Civil Veterinary Department. United Provinces 1932-42 - 1932-1942
Year: 1932
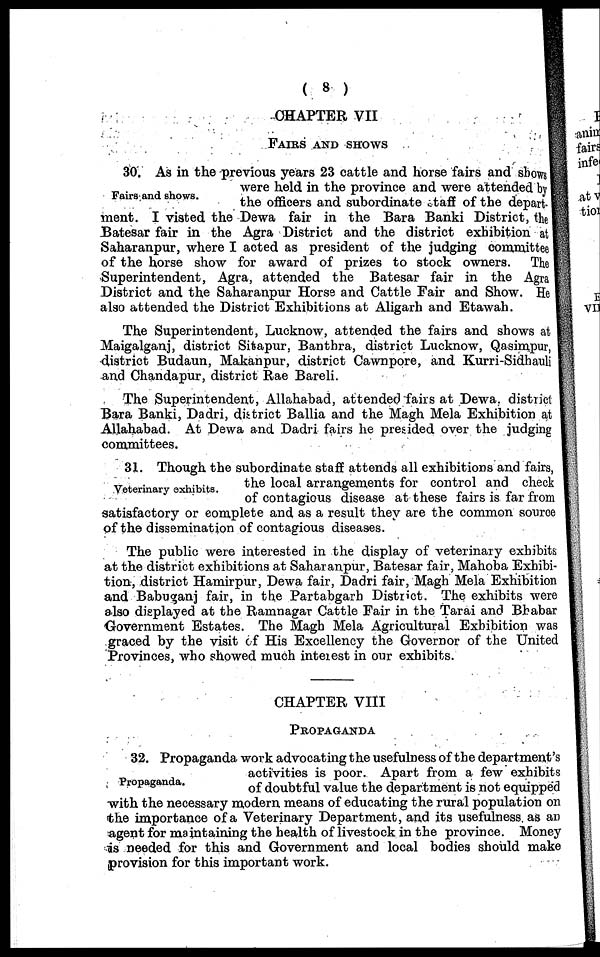
(8)
CHAPTER VII
FAIRS AND SHOWS
Fairs and shows.
30. As in the previous years 23 cattle and horse fairs and shows
were held in the province and were attended by
the officers and subordinate staff of the depart-
ment. I visted the Dewa fair in the Bara Banki District, the
Batesar fair in the Agra District and the district exhibition at
Saharanpur, where I acted as president of the judging committee
of the horse show for award of prizes to stock owners. The
Superintendent, Agra, attended the Batesar fair in the Agra
District and the Saharanpur Horse and Cattle Fair and Show. He
also attended the District Exhibitions at Aligarh and Etawah.
The Superintendent, Lucknow, attended the fairs and shows at
Maigalganj, district Sitapur, Banthra, district Lucknow, Qasimpur,
district Budaun, Makanpur, district Cawnpore, and Kurri-Sidhauli
and Chandapur, district Rae Bareli.
The Superintendent, Allahabad, attended fairs at Dewa. district
Bara Banki, Dadri, district Ballia and the Magh Mela Exhibition at
Allahabad. At Dewa and Dadri fairs he presided over the judging
committees.
Veterinary exhibits.
31. Though the subordinate staff attends all exhibitions and fairs,
the local arrangements for control and check
of contagious disease at these fairs is far from
satisfactory or complete and as a result they are the common source
of the dissemination of contagious diseases.
The public were interested in the display of veterinary exhibits
at the district exhibitions at Saharanpur, Batesar fair, Mahoba Exhibi-
tion, district Hamirpur, Dewa fair, Dadri fair, Magh Mela Exhibition
and Babuganj fair, in the Partabgarh District. The exhibits were
also displayed at the Ramnagar Cattle Fair in the Tarai and Bhabar
Government Estates. The Magh Mela Agricultural Exhibition was
graced by the visit of His Excellency the Governor of the United
Provinces, who showed much interest in our exhibits.
CHAPTER VIII
PROPAGANDA
Propaganda.
32. Propaganda work advocating the usefulness of the department's
activities is poor. Apart from a few exhibits
of doubtful value the department is not equipped
with the necessary modern means of educating the rural population on
the importance of a Veterinary Department, and its usefulness as an
agent for maintaining the health of livestock in the province. Money
as needed for this and Government and local bodies should make
provision for this important work.